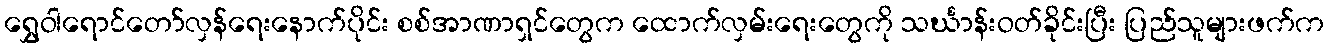
ရွှေဝါရောင်တော်လှန်ရေးနောက်ပိုင်း စစ်အာဏာရှင်တွေက ထောက်လှမ်းရေးတွေကို သင်္ဃာန်းဝတ်ခိုင်းပြီး ပြည်သူများဖက်က